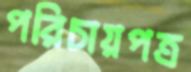
পরিচায়পত্র